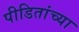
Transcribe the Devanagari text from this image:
पीडितांच्या